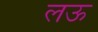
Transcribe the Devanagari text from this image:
लऊ